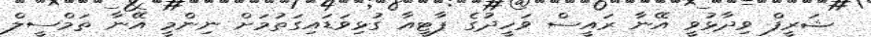
ޝަރީފް ވިދާޅުވީ އޭނާ ރައީސް ވަހީދުގެ ޕާޓީއާ ގުޅިވަޑައިގަތުމަށް ނިންމީ އޭނާ ތަމްސީލް